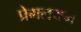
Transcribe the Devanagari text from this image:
प्रेमलयम